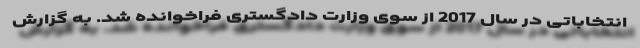
انتخاباتی در سال 2017 از سوی وزارت دادگستری فراخوانده شد. به گزارش